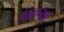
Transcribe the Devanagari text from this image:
बाराच्या